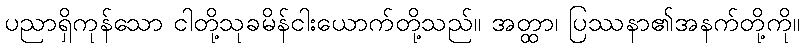
ပညာရှိကုန်သော ငါတို့သုခမိန်ငါးယောက်တို့သည်။ အတ္ထာ၊ ပြဿနာ၏အနက်တို့ကို။